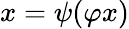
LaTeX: x=\psi(\varphi x)